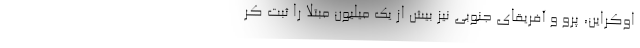
اوکراین، پرو و آفریقای جنوبی نیز بیش از یک میلیون مبتلا را ثبت کر